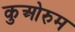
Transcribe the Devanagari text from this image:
कुओरुम